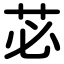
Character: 苾